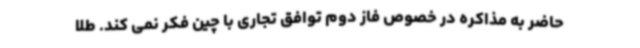
حاضر به مذاکره در خصوص فاز دوم توافق تجاری با چین فکر نمی کند. طلا